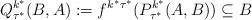
LaTeX: \begin{align*}Q^{k^*}_{\tau^*}(B,A):=f^{k^*\tau^*}(P^{k^*}_{\tau^*}(A,B))\subseteq B\end{align*}